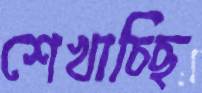
শেখাচ্ছি